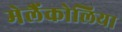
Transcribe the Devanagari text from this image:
मेलैंकोलिया